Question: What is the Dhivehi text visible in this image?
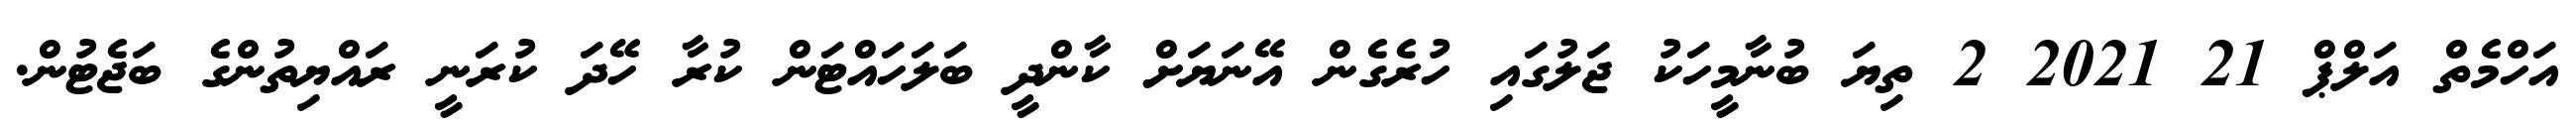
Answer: އަހްމެތް އަލްޕް 21 2021 2 ތިޔަ ބުނާމީހަކު ޖަލުގައި ހުރެގެން އޭނަޔަށް ކާންދީ ބަލަހައްޓަން ކުރާ ހޭދަ ކުރަނީ ރައްޔިތުންގެ ބަޖެޓުން.